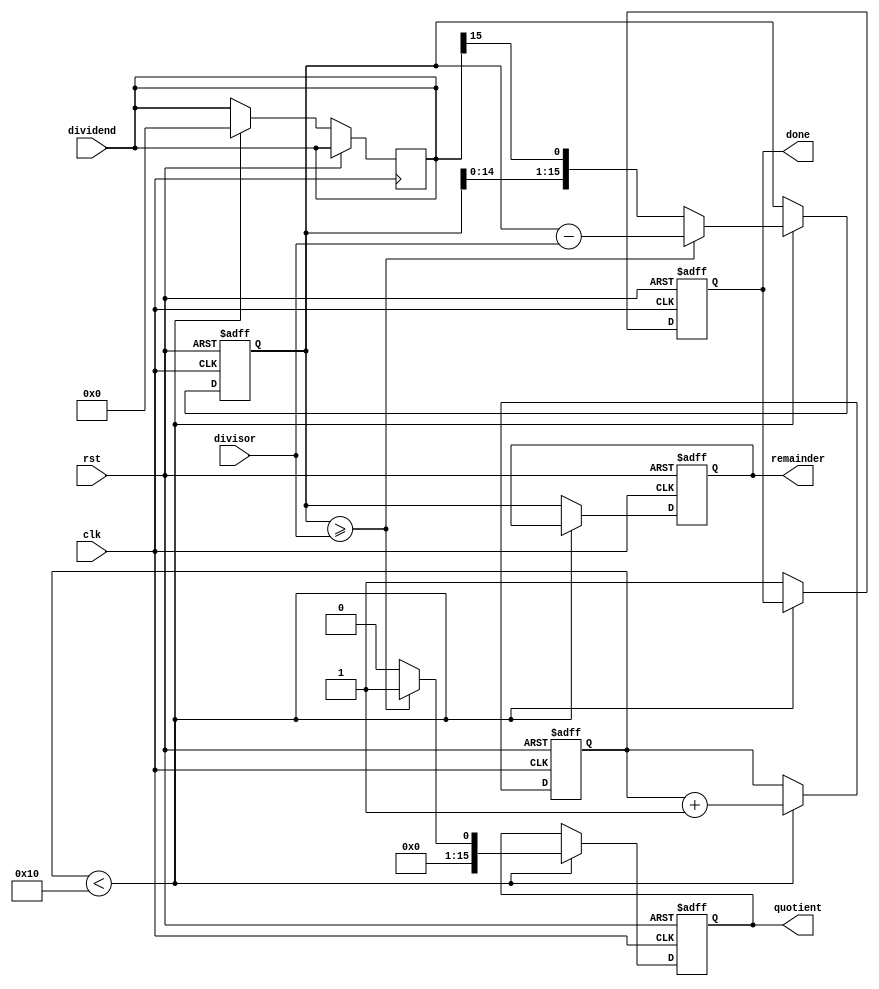
module shift_and_subtract_divider (
    input clk,
    input rst,
    input [15:0] dividend,
    input [15:0] divisor,
    output reg [15:0] quotient,
    output reg [15:0] remainder,
    output reg done
);

reg [15:0] partial_remainder;
reg [3:0] shift_count;

always @(posedge clk or posedge rst) begin
    if (rst) begin
        partial_remainder <= 0;
        shift_count <= 0;
        quotient <= 0;
        remainder <= 0;
        done <= 0;
    end else begin
        if (shift_count < 16) begin
            partial_remainder <= {partial_remainder, dividend[15]};
            dividend <= {dividend[14:0], 0};
            if (partial_remainder >= divisor) begin
                partial_remainder <= partial_remainder - divisor;
                quotient <= {quotient[14:0], 1};
            end else begin
                quotient <= {quotient[14:0], 0};
            end
            shift_count <= shift_count + 1;
        end else begin
            remainder <= partial_remainder;
            done <= 1;
        end
    end
end

endmodule